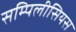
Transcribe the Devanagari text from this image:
सम्पिलीसियस